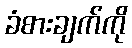
ခံစားချက်ကို